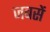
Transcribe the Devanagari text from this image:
जबसें